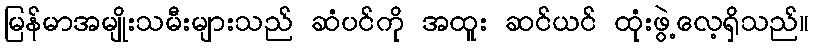
မြန်မာအမျိုးသမီးများသည် ဆံပင်ကို အထူး ဆင်ယင် ထုံးဖွဲ့လေ့ရှိသည်။